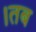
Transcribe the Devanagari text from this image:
।तब